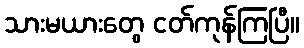
သားမယားတွေ ငတ်ကုန်ကြပြီ။